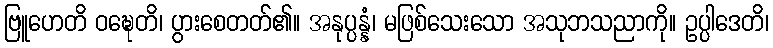
ဗြူဟေတိ ဝဍ္ဎေတိ၊ ပွားစေတတ်၏။ အနုပ္ပန္နံ၊ မဖြစ်သေးသော အသုဘသညာကို။ ဥပ္ပါဒေတိ၊